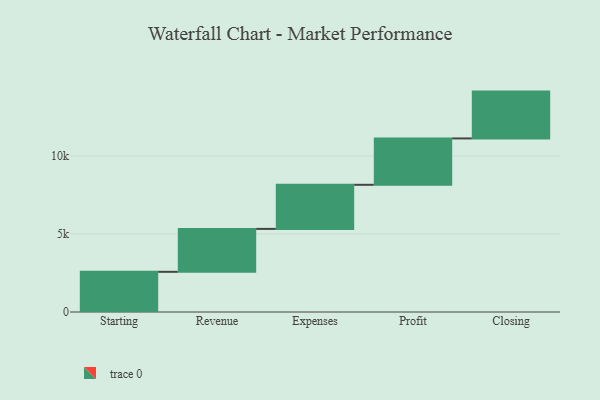
{"axis": {"x": "Step", "y": "Value"}, "legend": [""], "data": [{"x": "Starting", "y": 2575.0, "type": ""}, {"x": "Revenue", "y": 2750.0, "type": ""}, {"x": "Expenses", "y": 2826.0, "type": ""}, {"x": "Profit", "y": 2972.0, "type": ""}, {"x": "Closing", "y": 3000, "type": ""}]}